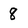
Character: 8